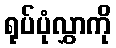
ရုပ်ပုံလွှာကို